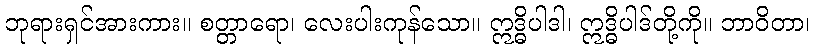
ဘုရားရှင်အားကား။ စတ္တာရော၊ လေးပါးကုန်သော။ ဣဒ္ဓိပါဒါ၊ ဣဒ္ဓိပါဒ်တို့ကို။ ဘာဝိတာ၊